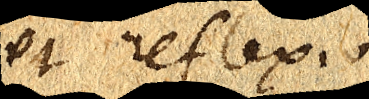
et reflexionis